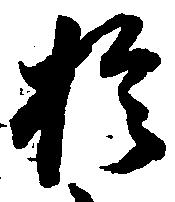
於